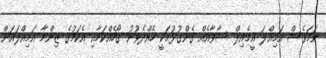
ނަމަވެސް އަމިއްލަ އީމެއިލް ސާވާއެއް ގެންގުޅުމަކީ ހެއްދެވުނު ގޯހެއްކަމާއި އެކަމުގެ ޒިންމާ އަމިއްލައަށް